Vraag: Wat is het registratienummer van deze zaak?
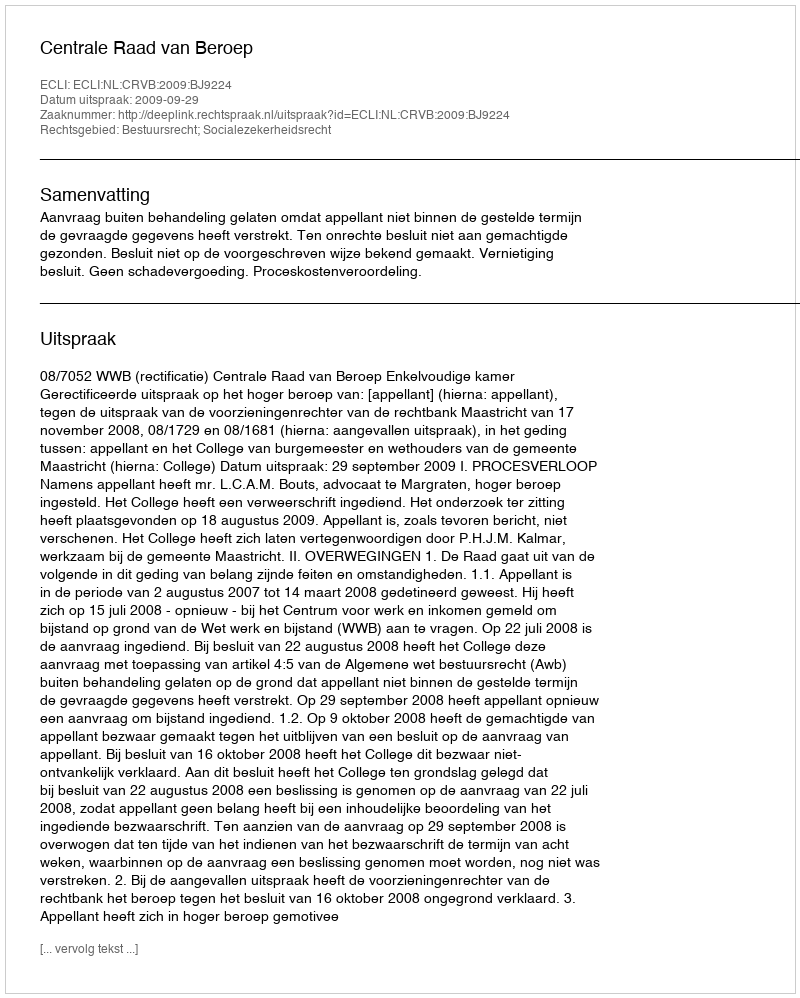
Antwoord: http://deeplink.rechtspraak.nl/uitspraak?id=ECLI:NL:CRVB:2009:BJ9224